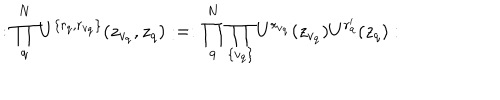
LaTeX: : \prod _ { q } ^ { N } U ^ { \{ r _ { q } , r _ { v _ { q } } \} } ( z _ { v _ { q } } , z _ { q } ) : = : \prod _ { q } ^ { N } \prod _ { \{ v _ { q } \} } U ^ { r _ { v _ { q } } } ( z _ { v _ { q } } ) U ^ { r _ { q } ^ { \prime } } ( z _ { q } ) :